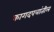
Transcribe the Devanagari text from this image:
कागदपत्रांतील